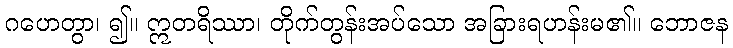
ဂဟေတွာ၊ ၍။ ဣတရိဿာ၊ တိုက်တွန်းအပ်သော အခြားရဟန်းမ၏။ ဘောဇန